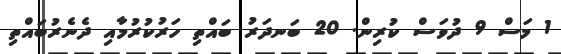
1 މަސް 9 ދުވަސް ކުރިން. 20 ބަނދަރު ބައްތި ހަރުކުރުމާއި ދެނެރުބައްތި